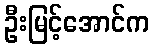
ဦးမြင့်အောင်က